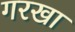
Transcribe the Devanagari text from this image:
गरखा